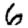
Digit: 6